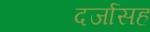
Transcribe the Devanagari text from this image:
दर्जासह